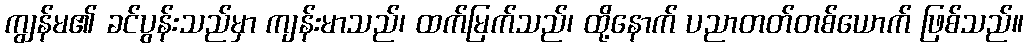
ကျွန်မ၏ ခင်ပွန်းသည်မှာ ကျန်းမာသည်၊ ထက်မြက်သည်၊ ထို့နောက် ပညာတတ်တစ်ယောက် ဖြစ်သည်။